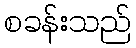
စခန်းသည်